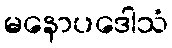
မနောပဒေါသံ